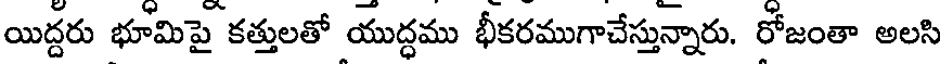
యిద్దరు భూమిపై కత్తులతో యుద్ధము భీకరముగాచేస్తున్నారు. రోజంతా అలసి